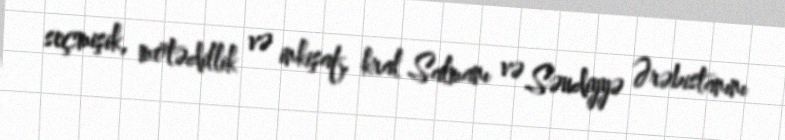
seçmişik, mötədillik və inkişaf, kral Salmanı və Səudiyyə Ərəbistanını